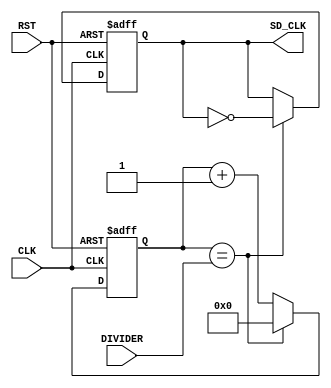
// This program was cloned from: https://github.com/lnis-uofu/OpenFPGA
// License: MIT License

//////////////////////////////////////////////////////////////////////
////                                                              ////
//// WISHBONE SD Card Controller IP Core                          ////
////                                                              ////
//// sd_clock_divider.v                                           ////
////                                                              ////
//// This file is part of the WISHBONE SD Card                    ////
//// Controller IP Core project                                   ////
//// http://opencores.org/project,sd_card_controller              ////
////                                                              ////
//// Description                                                  ////
//// Control of sd card clock rate                                ////
////                                                              ////
//// Author(s):                                                   ////
////     - Marek Czerski, ma.czerski@gmail.com                    ////
////                                                              ////
//////////////////////////////////////////////////////////////////////
////                                                              ////
//// Copyright (C) 2013 Authors                                   ////
////                                                              ////
//// Based on original work by                                    ////
////     Adam Edvardsson (adam.edvardsson@orsoc.se)               ////
////                                                              ////
////     Copyright (C) 2009 Authors                               ////
////                                                              ////
//// This source file may be used and distributed without         ////
//// restriction provided that this copyright statement is not    ////
//// removed from the file and that any derivative work contains  ////
//// the original copyright notice and the associated disclaimer. ////
////                                                              ////
//// This source file is free software; you can redistribute it   ////
//// and/or modify it under the terms of the GNU Lesser General   ////
//// Public License as published by the Free Software Foundation; ////
//// either version 2.1 of the License, or (at your option) any   ////
//// later version.                                               ////
////                                                              ////
//// This source is distributed in the hope that it will be       ////
//// useful, but WITHOUT ANY WARRANTY; without even the implied   ////
//// warranty of MERCHANTABILITY or FITNESS FOR A PARTICULAR      ////
//// PURPOSE. See the GNU Lesser General Public License for more  ////
//// details.                                                     ////
////                                                              ////
//// You should have received a copy of the GNU Lesser General    ////
//// Public License along with this source; if not, download it   ////
//// from http://www.opencores.org/lgpl.shtml                     ////
////                                                              ////
//////////////////////////////////////////////////////////////////////

module sd_clock_divider (
           input CLK,
           input [7:0] DIVIDER,
           input RST,
           output SD_CLK
       );

reg [7:0] ClockDiv;
reg SD_CLK_O;

//assign SD_CLK = DIVIDER[7] ? CLK : SD_CLK_O;
assign SD_CLK = SD_CLK_O;

always @(posedge CLK or posedge RST)
begin
    if (RST) begin
        ClockDiv <= 8'b0000_0000;
        SD_CLK_O <= 0;
    end
    else if (ClockDiv == DIVIDER) begin
        ClockDiv <= 0;
        SD_CLK_O <= ~SD_CLK_O;
    end else begin
        ClockDiv <= ClockDiv + 8'h1;
        SD_CLK_O <= SD_CLK_O;
    end
end

endmodule